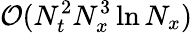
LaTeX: \mathcal{O}(N_{t}^{2}N_{x}^{3}\ln{N_{x}})